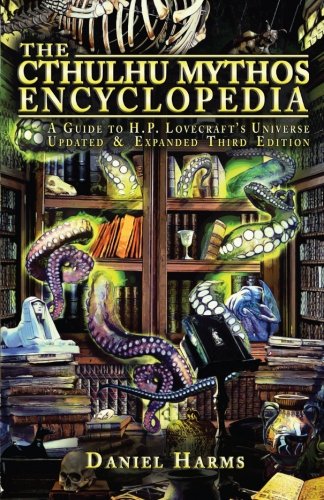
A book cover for The Cthulhu Mythos Encyclopedia; Daniel Harms; Science Fiction & Fantasy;